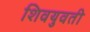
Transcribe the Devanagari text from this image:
शिवयुवती